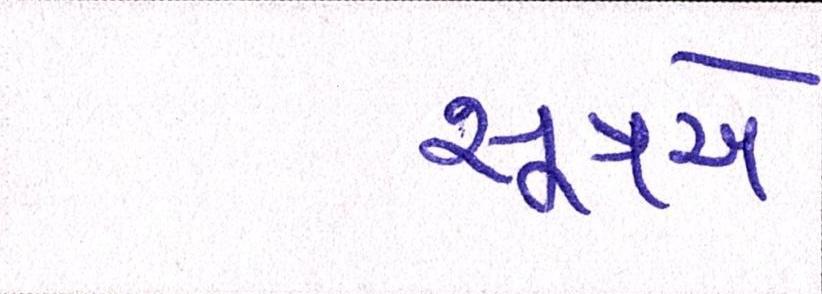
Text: સૂત્રએ